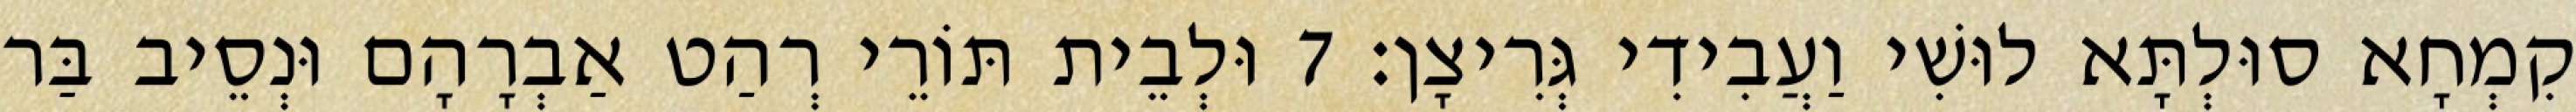
קִמְחָא סוּלְתָּא לוּשִׁי וַעֲבִידִי גְּרִיצָן׃ 7 וּלְבֵית תּוֹרֵי רְהַט אַבְרָהָם וּנְסֵיב בַּר